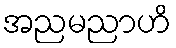
အညမညာဟိ